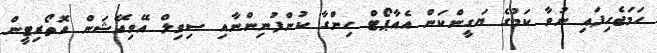
ހަމަޖެހިފައި ނުވާ ކަމުގެ ޔަގީންކަން އެއާޕޯޓް ހިންގާ ކުންފުނިންނާއި ސިވިލް އޭވިއޭޝަން އޮތޯރިޓީން